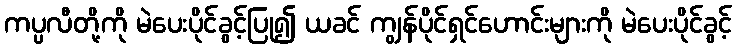
ကပ္ပလီတို့ကို မဲပေးပိုင်ခွင့်ပြု၍ ယခင် ကျွန်ပိုင်ရှင်ဟောင်းများကို မဲပေးပိုင်ခွင့်